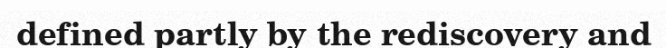
defined partly by the rediscovery and